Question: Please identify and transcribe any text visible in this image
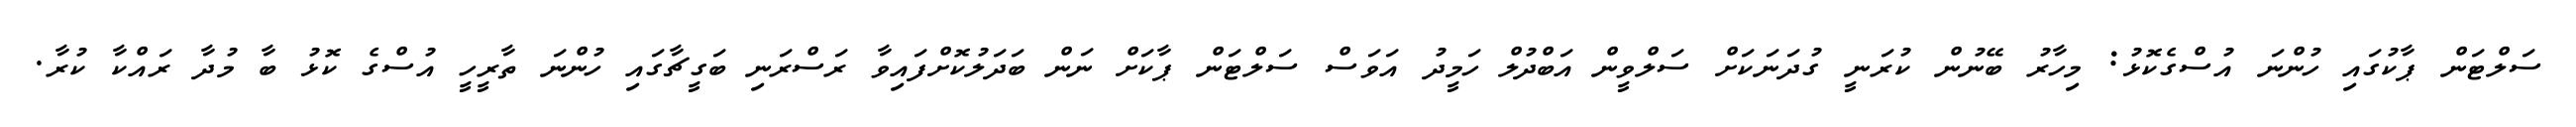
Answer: ސަލްޓަން ޕާކުގައި ހުންނަ އުސްގެކޮޅު: މިހާރު ބޭނުން ކުރަނީ ގުދަނަކަށް ސަލްވީން އަބްދުލް ހަމީދު އަވަސް ސަލްޓަން ޕާކަށް ނަން ބަދަލުކޮށްފައިވާ ރަސްރަނި ބަގީޗާގައި ހުންނަ ތާރީހީ އުސްގެ ކޮޅު ބާ މުދާ ރައްކާ ކުރާ.